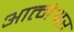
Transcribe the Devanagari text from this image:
आत्मेश्वर